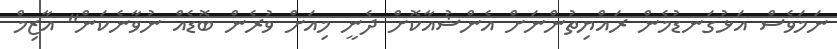
ނަމަވެސް އަޅުގަނޑުމެން ރައްޔިތުންނަށް އެންޝުއާކޮށް ދެނީ މިއަށް ވުރެން ބޮޑެއް ނުވާނެކަން" އާޒިމް